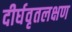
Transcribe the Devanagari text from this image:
दीर्घवृतलक्षण